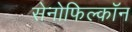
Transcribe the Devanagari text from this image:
सेनोफिल्कॉन